Madras plague regulations and rules for district municipalities and other towns and villages
Disease focus: Plague
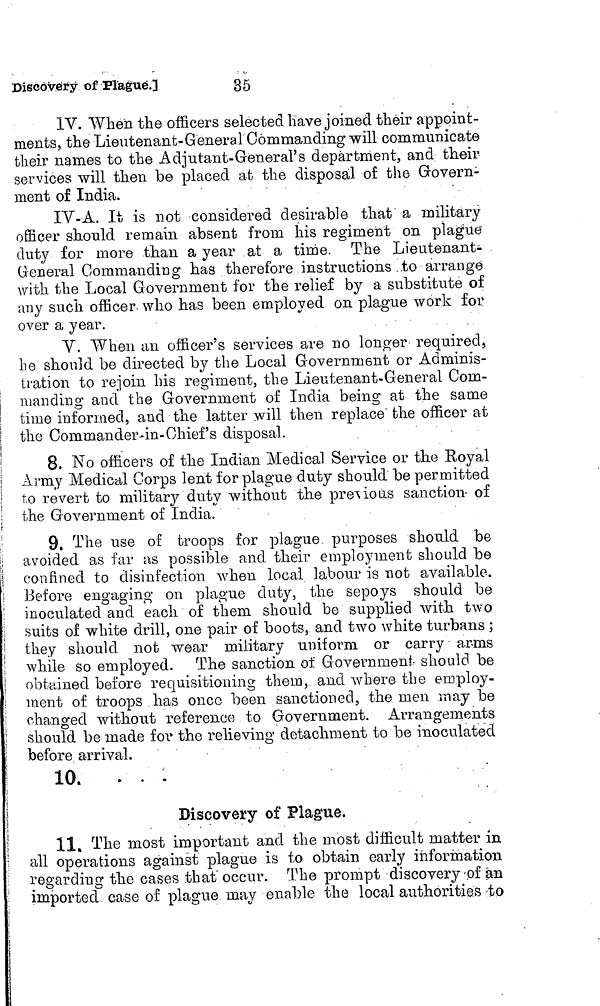
Discovery of Plague.]
35
IV. When the officers selected have joined their appoint-
ments, the Lieutenant-General Commanding will communicate
their names to the Adjutant-General's department, and their
services will then be placed at the disposal of the Govern-
ment of India.
IV-A. It is not considered desirable that a military
officer should remain absent from his regiment on plague
duty for more than a year at a time. The Lieutenant-
General Commanding has therefore instructions to arrange
with the Local Government for the relief by a substitute of
any such officer, who has been employed on plague work for
over a year.
V. When an officer's services are no longer required,
he should be directed by the Local Government or Adminis-
tration to rejoin his regiment, the Lieutenant-General Com-
manding and the Government of India being at the same
time informed, and the latter will then replace' the officer at
the Commander-in- Chief 's disposal.
8. No officers of the Indian Medical Service or the Royal
Army Medical Corps lent for plague duty should be permitted
to revert to military duty without the previous sanction of
the Government of India.
9. The use of troops for plague purposes should be
avoided as far as possible and their employment should be
confined to disinfection when local labour is not available.
Before engaging on plague duty, the sepoys should be
inoculated and each of them should be supplied with two
suits of white drill, one pair of boots, and two white turbans ;
they should not wear military uniform or carry arms
while so employed. The sanction of Government should be
obtained before requisitioning them, and where the employ-
ment of troops has once been sanctioned, the men may be
changed without reference to Government. Arrangements
should be made for the relieving detachment to be inoculated
before arrival.
10. . . :
Discovery of Plague.
11. The most important and the most difficult matter in
all operations against plague is to obtain early information
regarding the cases that" occur. The prompt discovery.of an
imported case of plague may enable the local authorities to